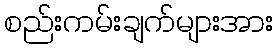
စည်းကမ်းချက်များအား